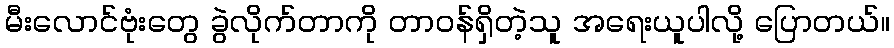
မီးလောင်ဗုံးတွေ ခွဲလိုက်တာကို တာဝန်ရှိတဲ့သူ အရေးယူပါလို့ ပြောတယ်။